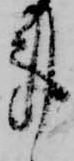
事